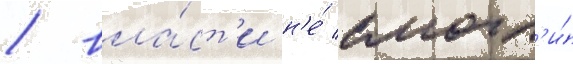
/ вла́ст'и н'е́ смогл'и́